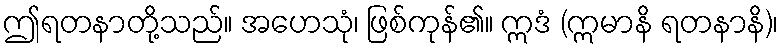
ဤရတနာတို့သည်။ အဟေသုံ၊ ဖြစ်ကုန်၏။ ဣဒံ (ဣမာနိ ရတနာနိ)၊